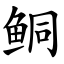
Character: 鲖